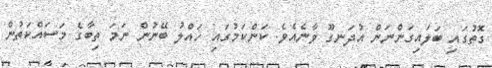
ގޮތުގައި ބަލައިގަންނަން އުދަނގޫ ވާނެއެވެ. ކަންކަމުގައި ހައްލު ބޭނުން ނަމަ ތިބާގެ މަސައްކަތުން